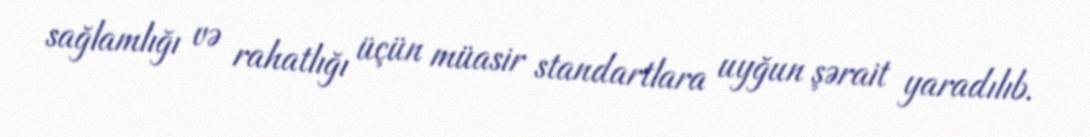
sağlamlığı və rahatlığı üçün müasir standartlara uyğun şərait yaradılıb.